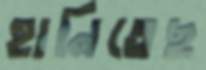
হানিতেছ